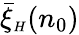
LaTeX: \bar{\xi}_{{\scriptscriptstyle H}}(n_{0})